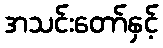
အသင်းတော်နှင့်